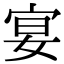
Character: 宴